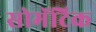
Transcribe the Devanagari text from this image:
सोमॅटिक